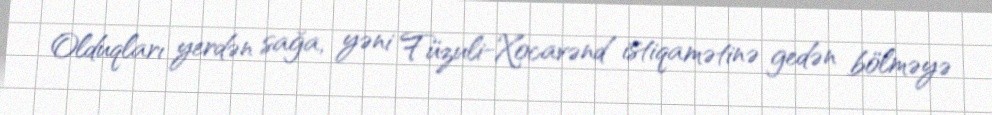
Olduqları yerdən sağa, yəni Füzuli-Xocavənd istiqamətinə gedən bölməyə